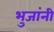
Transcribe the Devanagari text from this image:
भुजांनी